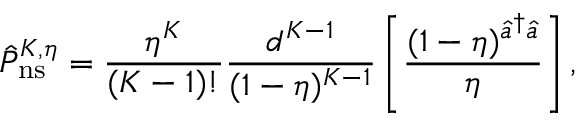
\hat { P } _ { \mathrm { n s } } ^ { K , \eta } = \frac { \eta ^ { K } } { ( K - 1 ) ! } \frac { d ^ { K - 1 } } { ( 1 - \eta ) ^ { K - 1 } } \left[ \frac { ( 1 - \eta ) ^ { \hat { a } ^ { \dag } \hat { a } } } { \eta } \right] ,